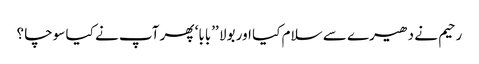
رحیم نے دھیرے سے سلام کیا اور بولا ’’بابا‘ پھر آپ نے کیا سوچا ؟